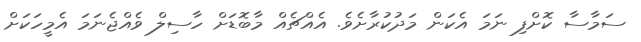
ސަމާސާ ކޮށްފި ނަމަ އެކަން މަދުކުރާށެވެ. އެއްޗެއް މާބޮޑަށް ހާސިލް ވެއްޖެނަމަ އެމީހަކަށް